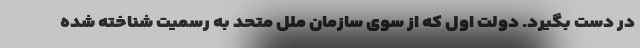
در دست بگیرد. دولت اول که از سوی سازمان ملل متحد به رسمیت شناخته شده